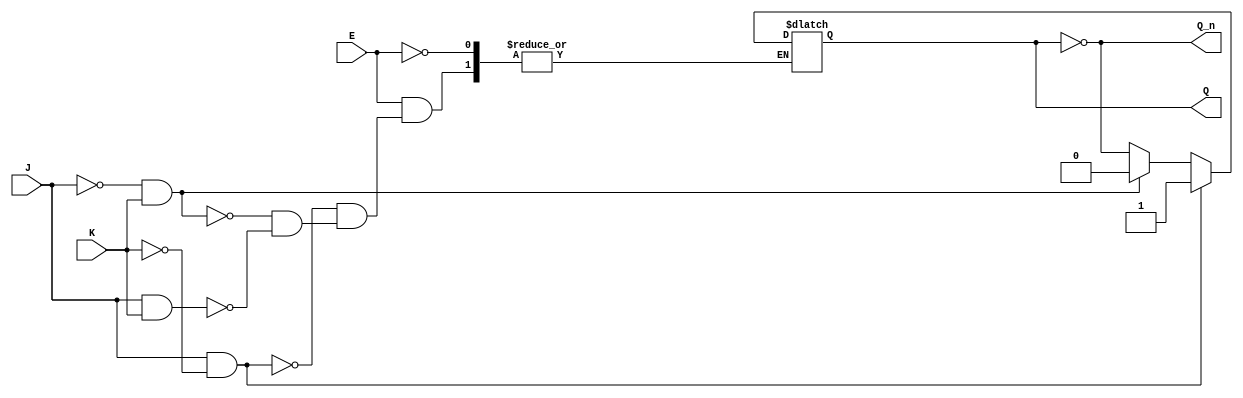
module GatedJKLatch (
    input wire J,         // Set input
    input wire K,         // Reset input
    input wire E,         // Enable input
    output reg Q,         // Output Q
    output wire Q_n       // Complementary output Q'
);

    // Complementary output
    assign Q_n = ~Q;

    // Always block for the latch behavior
    always @ (J, K, E) begin
        if (E) begin
            if (J && ~K) begin
                Q <= 1;  // Set state to 1
            end else if (~J && K) begin
                Q <= 0;  // Reset state to 0
            end else if (J && K) begin
                Q <= ~Q; // Toggle state
            end
            // If J = 0 and K = 0, retain previous state (no change)
        end
        // If E is low, retain previous state (no change)
    end

endmodule